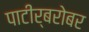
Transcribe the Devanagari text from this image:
पाटीर्बरोबर